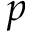
p